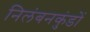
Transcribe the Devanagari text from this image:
निलंबनकुंडों